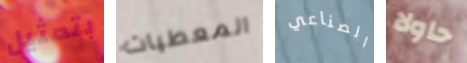
بتمثيل المعطيات الصناعي حاولا